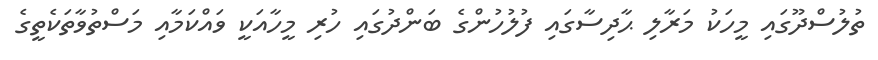
ތުލުސްދޫގައި މީހަކު މަރާލި ޙާދިސާގައި ފުލުހުންގެ ބަންދުގައި ހުރި މީހާއަކީ ވައްކަމާއި މަސްތުވާތަކެތީގެ